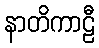
နာတိကာဠီ